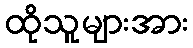
ထိုသူများအား